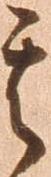
其